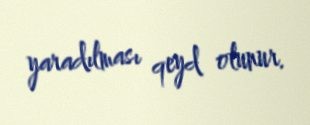
yaradılması qeyd olunur.